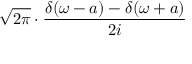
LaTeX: { \sqrt { 2 \pi } } \cdot { \frac { \delta ( \omega - a ) - \delta ( \omega + a ) } { 2 i } }